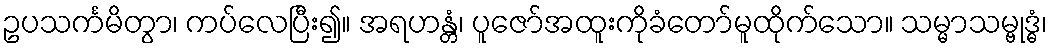
ဥပသင်္ကမိတွာ၊ ကပ်လေပြီး၍။ အရဟန္တံ၊ ပူဇော်အထူးကိုခံတော်မူထိုက်သော။ သမ္မာသမ္ဗုဒ္ဓံ၊